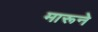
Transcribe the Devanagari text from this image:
मारूने